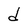
Character: d